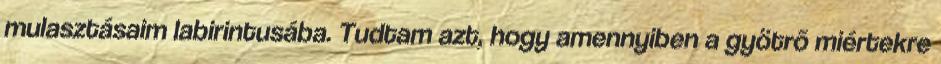
mulasztásaim labirintusába. Tudtam azt, hogy amennyiben a gyötrõ miértekre